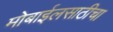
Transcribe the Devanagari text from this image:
मोबाईलसाठीचा